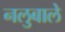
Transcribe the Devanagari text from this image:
नलुबाले